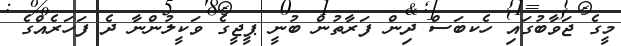
މީގެ ޖަވާބުގައި ހެކބަސް ދިން ފަރާތުން ބުނީ ޕީޖީގެ ވަކީލުންނާ ދެ ފަހަރެއްގެ